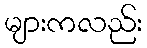
များကလည်း